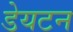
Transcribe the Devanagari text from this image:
डेयटन